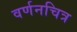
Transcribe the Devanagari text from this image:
वर्णनचित्र